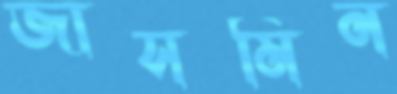
জাসমিন